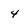
Character: 4